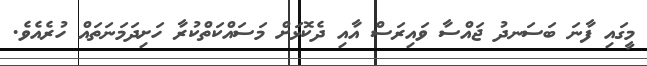
މީގައި ފާނަ ބަސަނދު ޖައްސާ ވައިރަސް އާއި ދެކޮޅަށް މަސައްކަތްކުރާ ހަށިދަމަނަތައް ހުރެއެވެ.